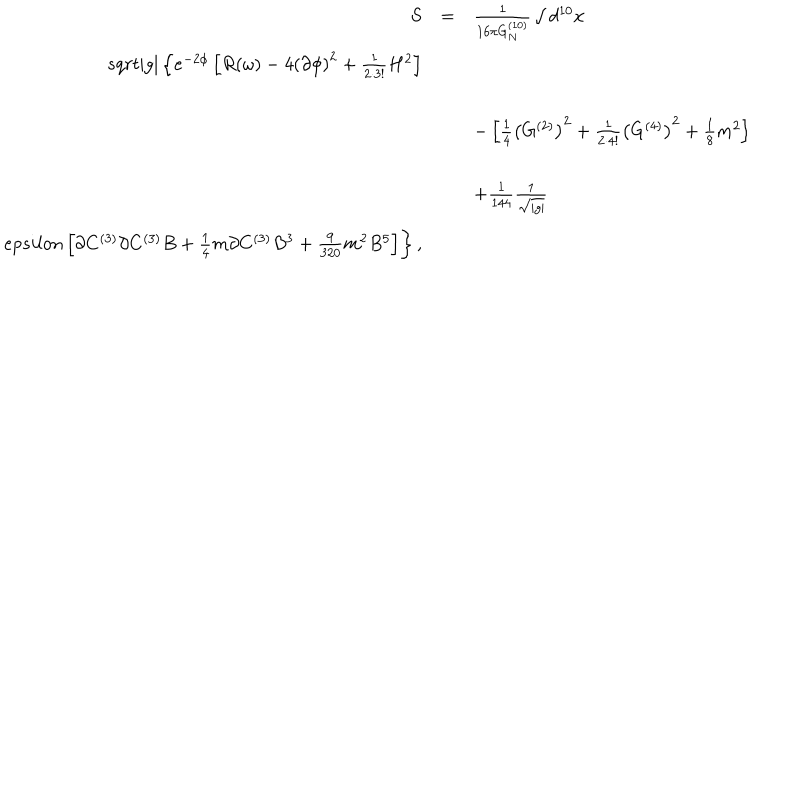
\begin{array} { r c l } { { S } } & { { = } } & { { \frac { 1 } { 1 6 \pi G _ { N } ^ { ( 1 0 ) } } \int d ^ { 1 0 } x } } \\ { { s q r t { | g | } \left\{ e ^ { - 2 \phi } \left[ R ( \omega ) - 4 \left( \partial \phi \right) ^ { 2 } + { \textstyle \frac { 1 } { 2 \cdot 3 ! } } H ^ { 2 } \right] \right. } } \\ { { } } & { { } } & { { } } \\ { { } } & { { } } & { { - \left[ { \textstyle \frac { 1 } { 4 } } \left( G ^ { ( 2 ) } \right) ^ { 2 } + { \textstyle \frac { 1 } { 2 \cdot 4 ! } } \left( G ^ { ( 4 ) } \right) ^ { 2 } + { \textstyle \frac { 1 } { 8 } } m ^ { 2 } \right] } } \\ { { } } & { { } } & { { } } \\ { { } } & { { } } & { { + { \textstyle \frac { 1 } { 1 4 4 } } \frac { 1 } { \sqrt { | g | } } } } \\ { { e p s i l o n \left[ \partial C ^ { ( 3 ) } \partial C ^ { ( 3 ) } B + { \textstyle \frac { 1 } { 4 } } m \partial C ^ { ( 3 ) } B ^ { 3 } + { \textstyle \frac { 9 } { 3 2 0 } } m ^ { 2 } B ^ { 5 } \right] \biggr \} \, , } } \\ \end{array}